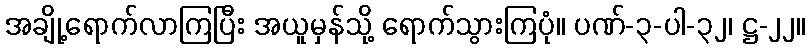
အချို့ရောက်လာကြပြီး အယူမှန်သို့ ရောက်သွားကြပုံ။ ပဏ်-၃-ပါ-၃၂၊ ဋ္ဌ-၂၂။